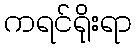
ကရင်ရိုးရာ